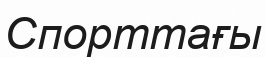
Спорттағы